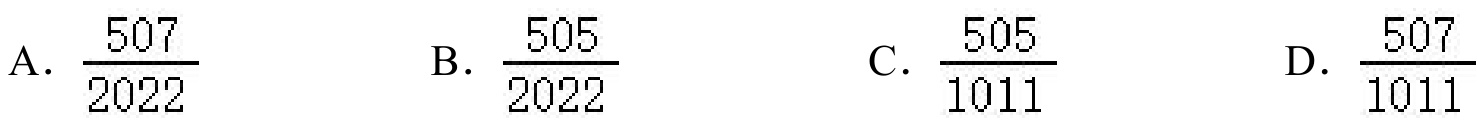
A. \(\frac{507}{2022}\)
B. \(\frac{505}{2022}\)
C. \(\frac{505}{1011}\)
D. \(\frac{507}{1011}\)